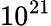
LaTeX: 10^{21}